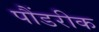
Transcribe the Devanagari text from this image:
पौंडरीक